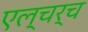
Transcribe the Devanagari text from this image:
एल्चर्च